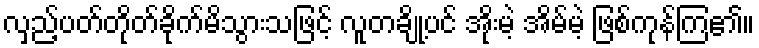
လှည့်ပတ်တိုတ်ခိုက်မိသွားသဖြင့် လူတချို့ပင် အိုးမဲ့ အိမ်မဲ့ ဖြစ်ကုန်ကြ၏။